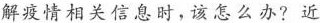
解疫情相关信息时，该怎么办?近